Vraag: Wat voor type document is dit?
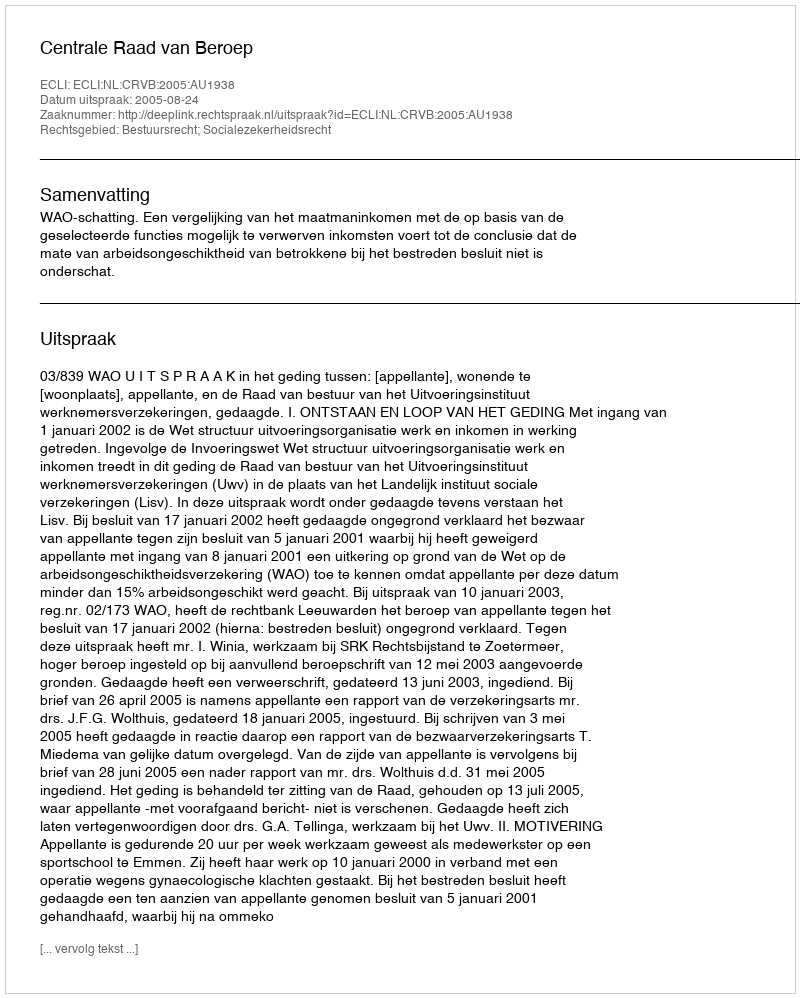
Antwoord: Uitspraak